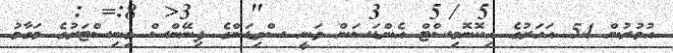
އުމުރުން 54 އަހަރުގެ އިކޮނޮމިސްޓް އެންޑަސަން ވަނީ ސްވިޑަންގެ ފިނޭންސް މިނިސްޓަރުގެ މަގާމު